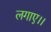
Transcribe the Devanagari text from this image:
लगाए।।